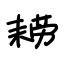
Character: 耢